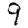
Digit: 9